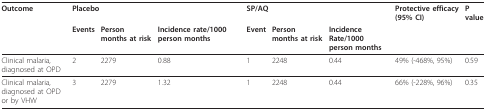
| Outcome | <COLSPAN=3> Placebo | <COLSPAN=3> SP/AQ | Protective efficacy (95% CI) | P value |
 |  | Events | Person months at risk | Incidence rate/1000 person months | Event | Person months at risk | IncidenceRate/1000 person months |  |  |
 | --- | --- | --- | --- | --- | --- | --- | --- | --- |
 | Clinical malaria,diagnosed at OPD | 2 | 2279 | 0.88 | 1 | 2248 | 0.44 | 49% (-468%, 95%) | 0.59 |
 | Clinical malaria,diagnosed at OPD or by VHW | 3 | 2279 | 1.32 | 1 | 2248 | 0.44 | 66% (-228%, 96%) | 0.35 |